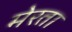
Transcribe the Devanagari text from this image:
मेरता